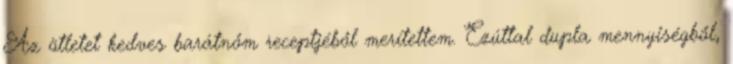
Az ötletet kedves barátnőm receptjéből merítettem. Ezúttal dupla mennyiségből,